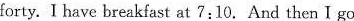
forty. I have breakfast at 7:10. And then I go